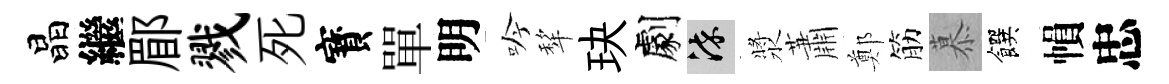
晶繼郿戮死寳單明吟犂玦劇染漿蕭鄭筋慕饌𢄙忠